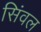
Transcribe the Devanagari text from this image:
सिंवल